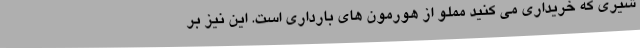
شیری که خریداری می کنید مملو از هورمون های بارداری است. این نیز بر